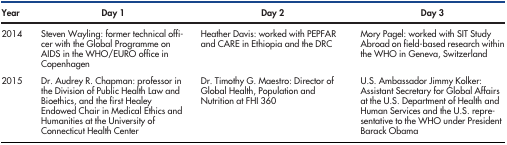
| Year | Day 1 | Day 2 | Day 3 |
 | --- | --- | --- | --- |
 | 2014 | Steven Wayling: former technical officer with the Global Programme on AIDS in the WHO/EURO office in Copenhagen | Heather Davis: worked with PEPFAR and CARE in Ethiopia and the DRC | Mory Pagel: worked with SIT Study Abroad on field-based research within the WHO in Geneva, Switzerland |
 | 2015 | Dr. Audrey R. Chapman: professor in the Division of Public Health Law and Bioethics, and the first Healey Endowed Chair in Medical Ethics and Humanities at the University of Connecticut Health Center | Dr. Timothy G. Maestro: Director of Global Health, Population and Nutrition at FHI 360 | U.S. Ambassador Jimmy Kolker: Assistant Secretary for Global Affairs at the U.S. Department of Health and Human Services and the U.S. representative to the WHO under President Barack Obama |